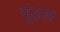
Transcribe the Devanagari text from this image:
मूंडरू